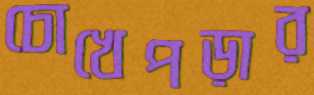
চোখেপড়ার